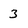
Character: 3